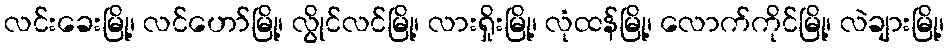
လင်းခေးမြို့၊ လင်ဟော်မြို့၊ လွိုင်လင်မြို့၊ လားရှိုးမြို့၊ လုံထန်မြို့၊ လောက်ကိုင်မြို့၊ လဲချားမြို့၊